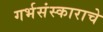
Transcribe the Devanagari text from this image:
गर्भसंस्काराचे